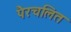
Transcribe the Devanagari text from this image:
पैरचलित